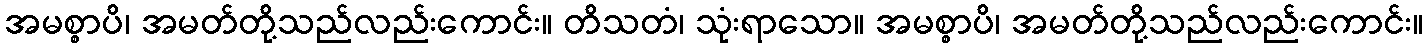
အမစ္စာပိ၊ အမတ်တို့သည်လည်းကောင်း။ တိသတံ၊ သုံးရာသော။ အမစ္စာပိ၊ အမတ်တို့သည်လည်းကောင်း။